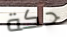
حكة